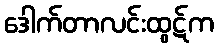
ဒေါက်တာလင်းထွဋ်က